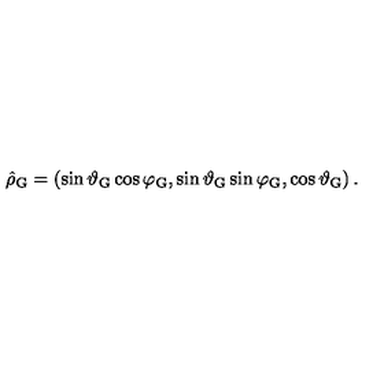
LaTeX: \hat { \rho } _ { \mathrm { G } } = \left( \sin \vartheta _ { \mathrm { G } } \cos \varphi _ { \mathrm { G } } , \sin \vartheta _ { \mathrm { G } } \sin \varphi _ { \mathrm { G } } , \cos \vartheta _ { \mathrm { G } } \right) .